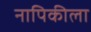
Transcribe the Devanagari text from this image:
नापिकीला